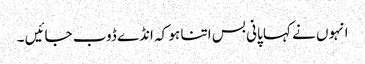
انہوں نے کہا پانی بس اتنا ہو کہ انڈے ڈوب جائیں ۔